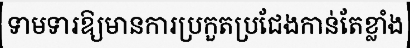
ទាមទារឱ្យមានការប្រកួតប្រជែងកាន់តែខ្លាំង